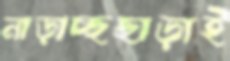
নাড়াচ্ছছাড়াই